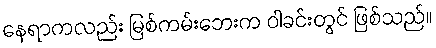
နေရာကလည်း မြစ်ကမ်းဘေးက ဝါခင်းတွင် ဖြစ်သည်။